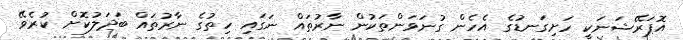
އޮޕަރޭޝަނަކީ ހަށިގަނޑުގެ އެހެން ގުނަވަންތަކުން ނާރުތައް ނަގައި ހިތުގެ ނާރުތައް ބަދަލުކޮށް ކުރެވޭ